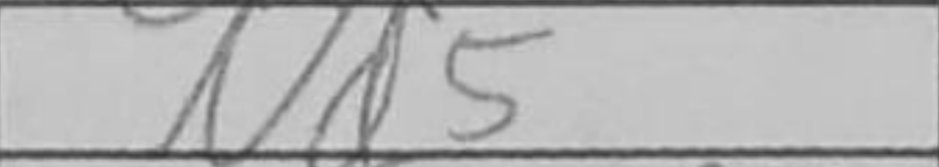
Transcription: Nd5